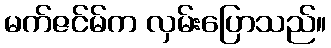
မက်ဇင်မ်က လှမ်းပြောသည်။